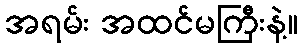
အရမ်း အထင်မကြီးနဲ့။